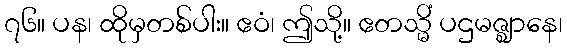
၇၆။ ပန၊ ထိုမှတစ်ပါး။ ဧဝံ၊ ဤသို့။ ဧတသ္မိံ ပဌမဇ္ဈာနေ၊